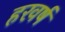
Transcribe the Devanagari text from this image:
हरवर्ष